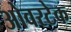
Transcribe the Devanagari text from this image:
ओवरटेक